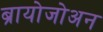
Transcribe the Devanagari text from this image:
ब्रायोजोअन